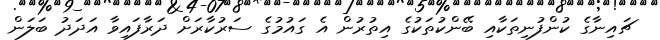
ޗައިނާގެ ކުންފުނިތަކާއި ބޭންކުތަކުގެ އިތުރުން އެ ގައުމުގެ ސަރުކާރަށް ދަރާފައިވާ އަދަދު ބަލަން